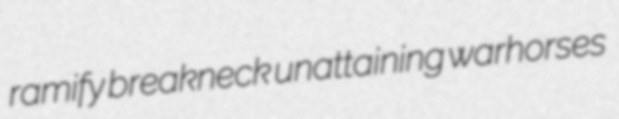
ramify breakneck unattaining warhorses